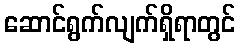
ဆောင်ရွက်လျက်ရှိရာတွင်